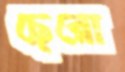
ছেরো